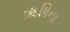
ૠષિના